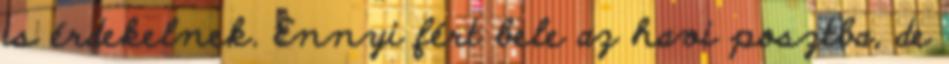
is érdekelnek. Ennyi fért bele az havi posztba, de